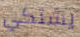
يشتكي